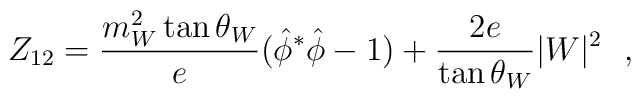
Z_{12}=\frac{m^2_W \tan \theta_W}{e}({\hat \phi}^* \hat \phi-1)+\frac{2e}{\tan \theta_W} |W|^2~~,